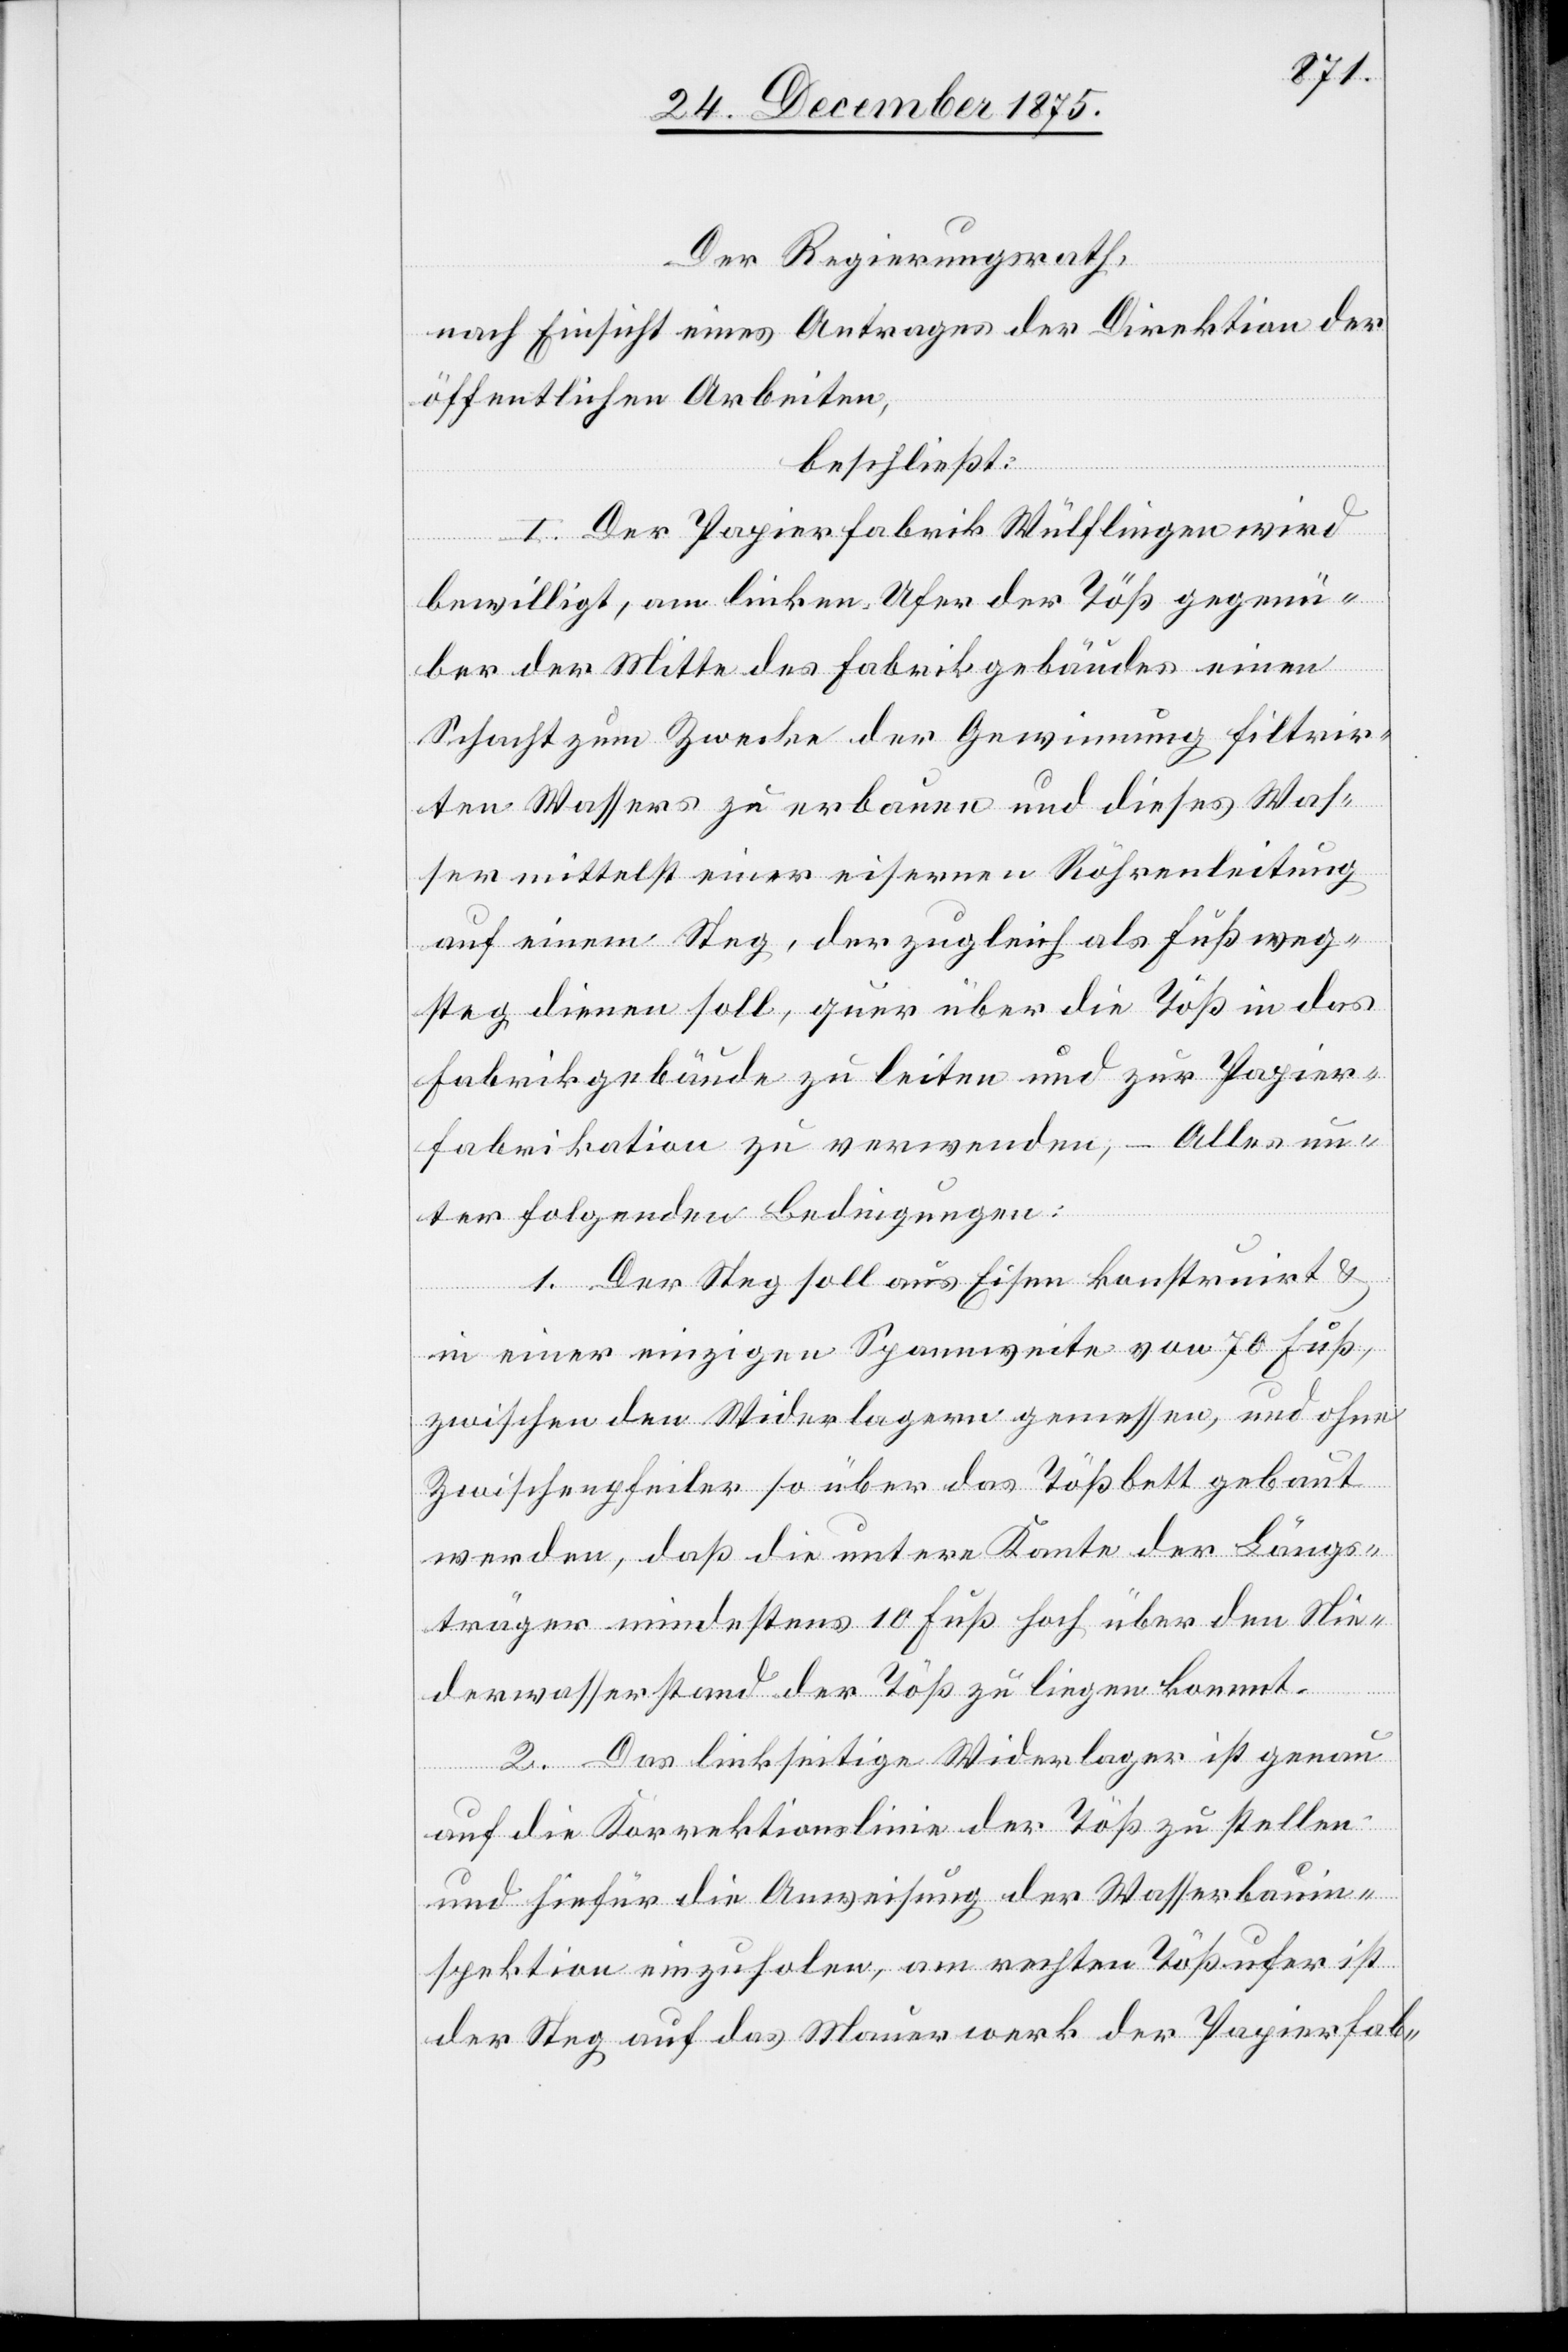
Der Regierungsrath,
nach Einsicht eines Antrages der Direktion der
öffentlichen Arbeiten,
beschließt:
I. Der Papierfabrik Wülflingen wird
bewilligt, am linken Ufer der Töß gegenü¬
ber der Mitte des Fabrikgebäudes einen
Schacht zum Zwecke der Gewinnung filtrir¬
ten Wassers zu erbauen und dieses Was¬
ser mittelst einer eisernen Röhrenleitung
auf einem Steg, der zugleich als Fußweg¬
steg dienen soll, quer über die Töß in das
Fabrikgebäude zu leiten und zur Papier¬
fabrikation zu verwenden, – Alles un¬
ter folgenden Bedingungen:
1. Der Steg soll aus Eisen konstruirt &
in einer einzigen Spannweite von 70 Fuß,
zwischen den Widerlagern gemessen, und ohne
Zwischenpfeiler so über das Tößbett gebaut
werden, daß die untere Kante der Längs¬
träger mindestens 10 Fuß hoch über den Nie¬
derwasserstand der Töß zu liegen kommt.
2. Das linksseitige Widerlager ist genau
auf die Korrektionslinie der Töß zu stellen
und hiefür die Anweisung der Wasserbauin¬
spektion einzuholen, am rechten Tößufer ist
der Steg auf das Mauerwerk der Papierfab-